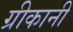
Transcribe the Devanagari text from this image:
ग्रीकानी